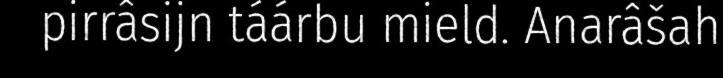
pirrâsijn táárbu mield. Anarâšah